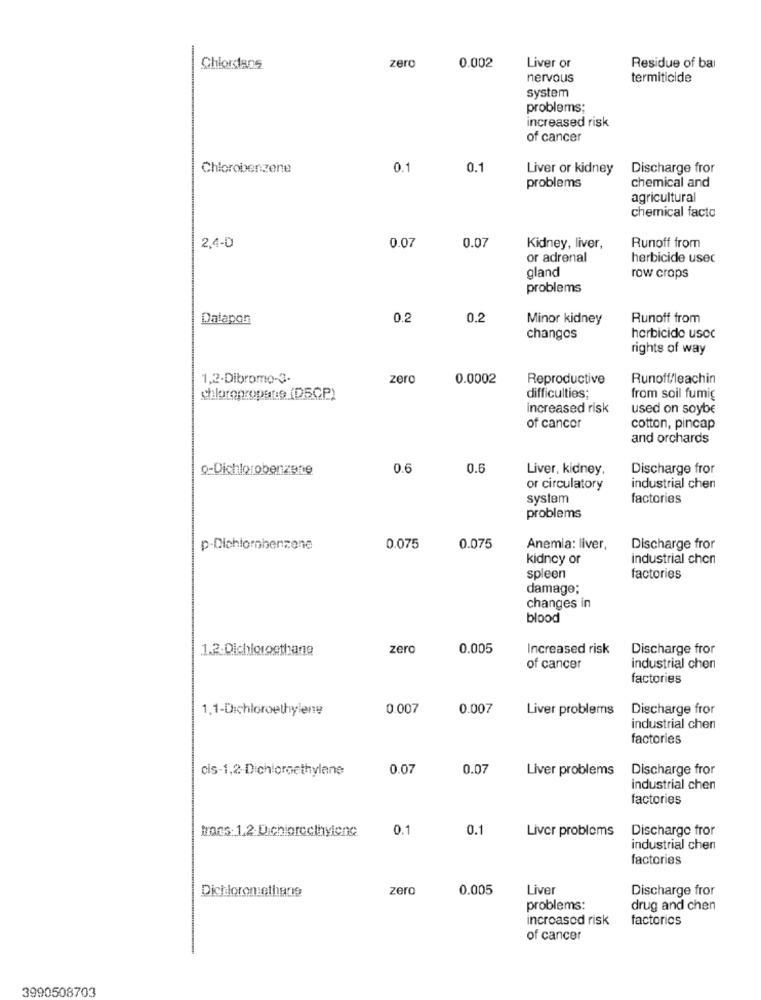
zero
Chlorstans
0.002
Liver or
Residue of bal
nervous
termiticide
system
problems;
increased risk
of cancer
Chlorobenzene
0.1
0.1
Liver or kidney
Discharge fror
chemical and
problems
agricultural
chemical facto
2,4-D
0.07
0.07
Kidney, liver,
Runoff from
or adrenal
herbicide usec
gland
row crops
problems
Datapon
0.2
0.2
Minor kidney
Runoff from
changos
herbicide usoc
rights of way
1,2.Dibromo-3.
zero
0.0002
Reproductive
Runoff/leachin
shlotopropsts (D5CP)
difficulties;
from soil fumig
increased risk
used on soybe
of cancer
cotton, pincap
and orchards
Q-Dichlorobenzene
0.6
0.5
Liver, kidney,
Discharge fror
or circulatory
industrial chen
system
factories
problems
p-Dichlorphenzene
0.075
0.075
Anemia: liver,
Discharge fror
kidney or
industrial chon
spleen
factories
damage;
changes in
blood
1.2.Dichloroethane
zero
0.005
Increased risk
Discharge fror
of cancer
industrial chen
factories
1.1-Dichloroethylene
0.007
0.007
Liver problems
Discharge fror
industrial chen
factories
cis-1,2-Dichloroethylene
0.07
0.07
Liver problems
Discharge fror
industrial chen
factories
0.1
0.1
Liver problems
Discharge fror
industrial chen
factories
Dichloromethane
zero
0.005
Liver
Discharge fror
problems:
drug and chen
increased risk
factories
of cancer
3990508703